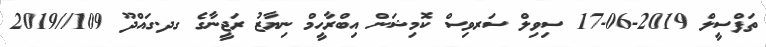
ތަފްސީލް 2019-06-17 ސިވިލް ސަރވިސް ކޮމިޝަން އިބްރާހީމް ނިޔާޒު ރަޖީނާގެ ގދ.ގައްދޫ 109//2019